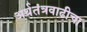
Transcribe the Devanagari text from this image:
अर्थतंत्रवाढीचा